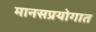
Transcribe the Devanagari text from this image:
मानसप्रयोगात